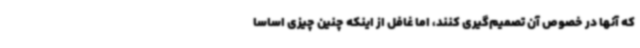
که آنها در خصوص آن تصمیم‌گیری کنند، اما غافل از اینکه چنین چیزی اساسا